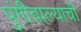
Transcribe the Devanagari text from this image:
पुंगीवाल्याची